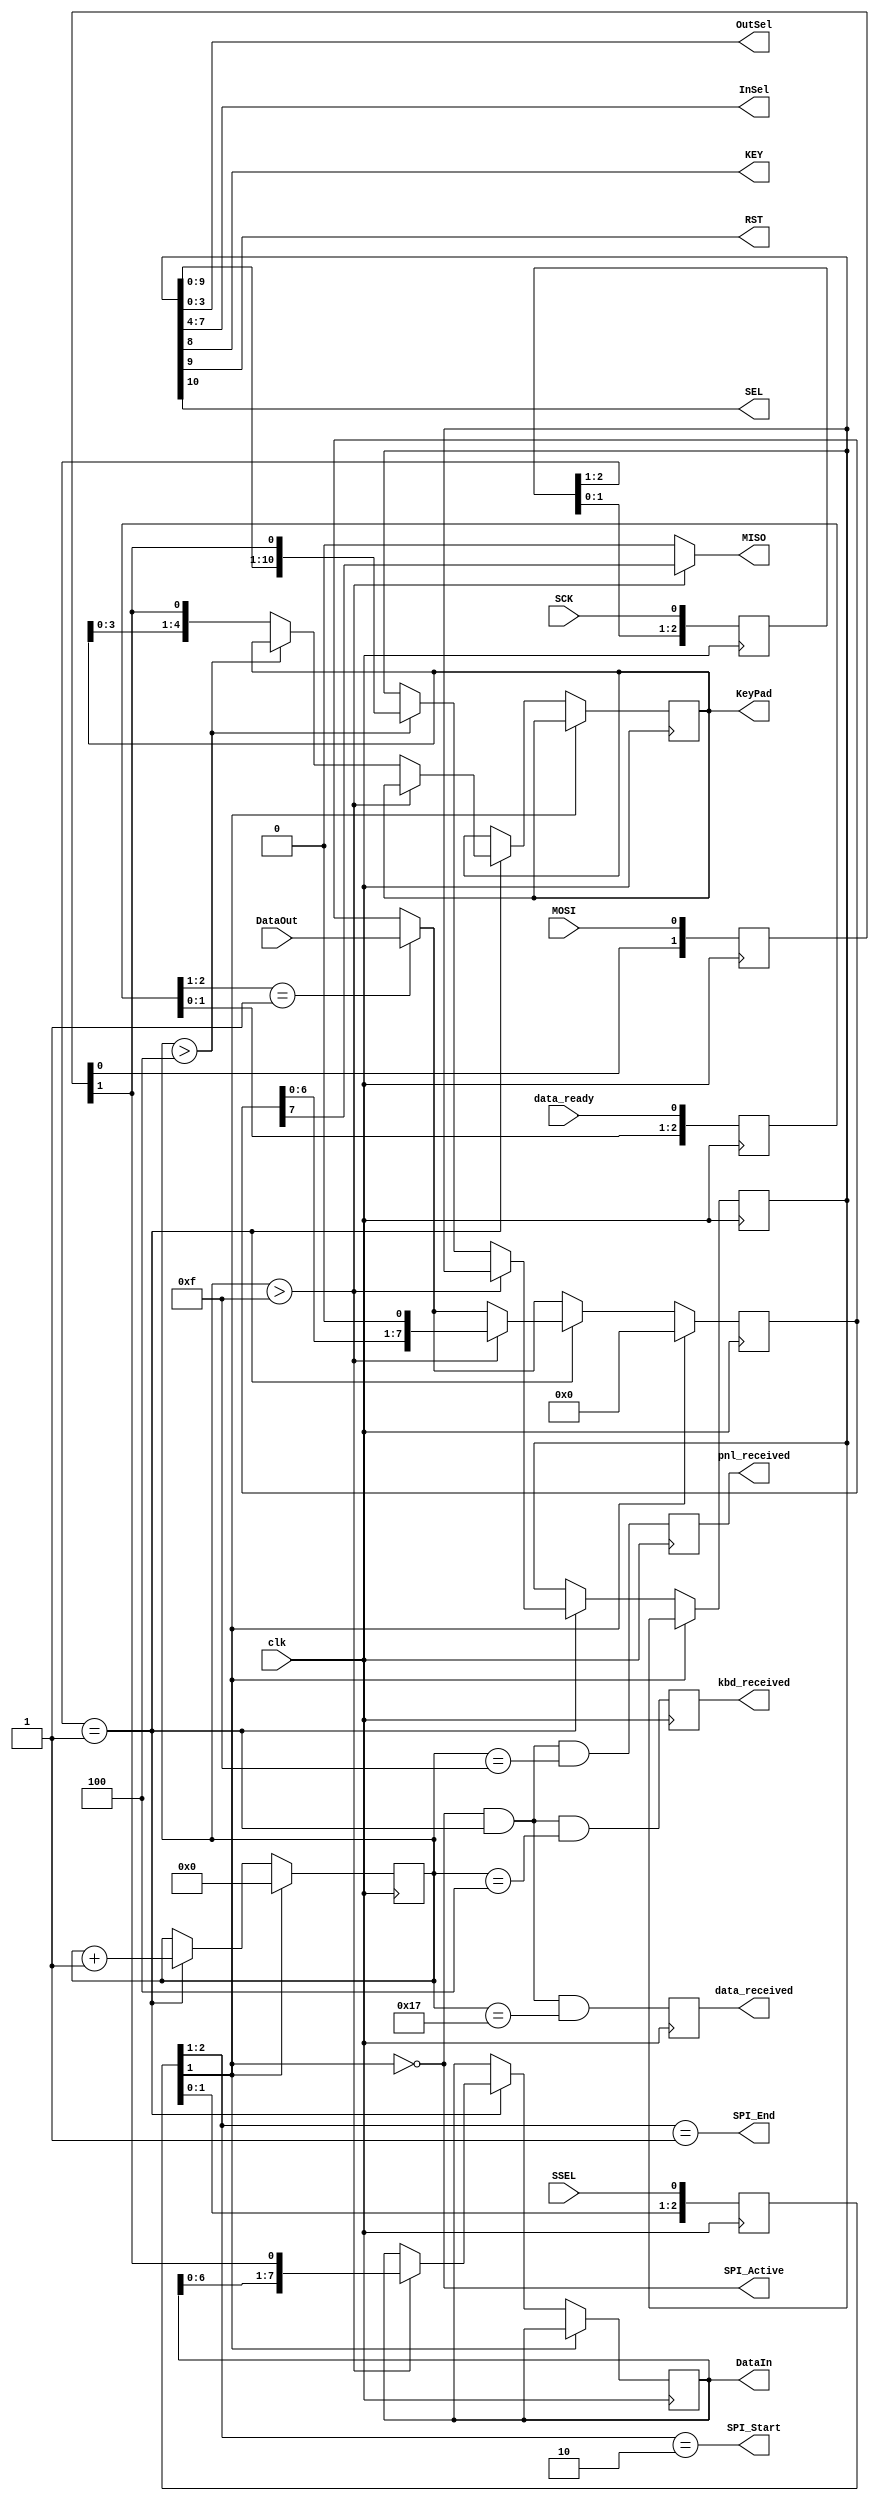
module SPI_24_slave(
	input       		clk,              
	input					SCK, 					
	input					SSEL, 				
	input					MOSI,					
	output				MISO,             
	input					data_ready,			
	input			[7:0] DataOut,				
	output reg	[7:0] DataIn,				
	output reg	[4:0] KeyPad,				
	output		[3:0] OutSel,           
	output		[3:0] InSel,            
	output				KEY,					
	output				RST,              
	output				SEL,              
	output reg			kbd_received,     
	output reg			pnl_received,     
	output reg			data_received,    
	output				SPI_Start,        
	output				SPI_Active,       
	output				SPI_End           
);
assign OutSel = Panel[3:0];
assign InSel  = Panel[7:4];
assign KEY 	  = Panel[8  ];
assign RST    = Panel[9  ];
assign SEL    = Panel[10 ];
reg [2:0] DRedge;  
always @(posedge clk) DRedge <= {DRedge[1:0], data_ready};
wire DR_risingedge  = (DRedge[2:1] == 2'b01);      
reg [2:0] SCKr;  
always @(posedge clk) SCKr <= {SCKr[1:0], SCK};
wire SCK_risingedge  = (SCKr[2:1] == 2'b01);      
reg [2:0] SSELr;  
always @(posedge clk) SSELr <= {SSELr[1:0], SSEL};
assign SPI_Active  = ~SSELr[1];              
assign SPI_Start   = (SSELr[2:1] == 2'b10);  
assign SPI_End     = (SSELr[2:1] == 2'b01);  
reg [1:0] MOSIr;  
always @(posedge clk) MOSIr <= {MOSIr[0], MOSI};
wire MOSI_data = MOSIr[1];
reg   [4:0] bitcnt;                         
reg  [10:0] Panel;                          
reg   [7:0] databits;                       
wire        rcv_addr  = (bitcnt > 5'd4);    
wire        rcv_data  = (bitcnt > 5'd15);   
assign      MISO = rcv_data ? databits[7] : 1'b0;     
always @(posedge clk) begin
    if(DR_risingedge) databits <= DataOut;  
    if(~SPI_Active) begin                   
        bitcnt   <=  5'h00;                 
        databits <=  8'h00;                 
    end
    else begin         
        if(SCK_risingedge) begin
            bitcnt <= bitcnt + 5'd1;        
            if(rcv_data) begin
                DataIn   <= {DataIn[6:0], MOSI_data};     
                databits <= {databits[6:0], 1'b0};        
            end
            else begin
                if(rcv_addr) Panel   <= {Panel[9:0], MOSI_data};    
                else         KeyPad  <= {KeyPad[3:0], MOSI_data};   
            end
        end
    end
end
always @(posedge clk) begin
    kbd_received  <= SPI_Active && SCK_risingedge && (bitcnt == 5'd4 );
    pnl_received  <= SPI_Active && SCK_risingedge && (bitcnt == 5'd15);
    data_received <= SPI_Active && SCK_risingedge && (bitcnt == 5'd23);
end
endmodule